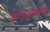
ડીઝાઇનનો